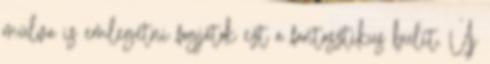
múlva is emlegetni fogjátok ezt a fantasztikus bulit. Új